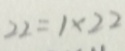
2 2 = 1 \times 2 2